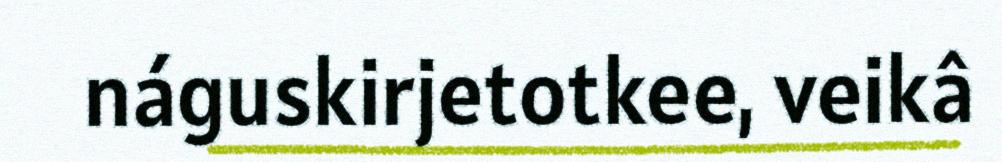
náguskirjetotkee, veikâ